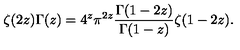
\zeta ( 2 z ) \Gamma ( z ) = 4 ^ { z } \pi ^ { 2 z } \frac { \Gamma ( 1 - 2 z ) } { \Gamma ( 1 - z ) } \zeta ( 1 - 2 z ) .